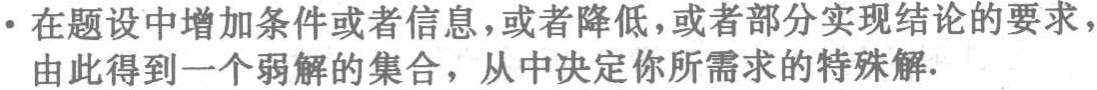
在题设中增加条件或者信息，或者降低，或者部分实现结论的要求，由此得到一个弱解的集合，从中决定你所需求的特殊解.